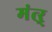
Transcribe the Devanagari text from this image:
मंत्ऱ्